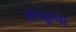
મરહલા